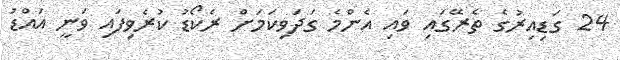
24 ގަޑިއިރުގެ ތެރޭގައި ވައި އެންމެ ގަދަވިކަމަށް ރެކޯޑު ކުރެވިފައި ވަނީ އައްޑު